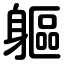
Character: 軀